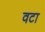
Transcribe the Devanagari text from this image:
वटा